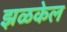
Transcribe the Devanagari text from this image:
झळकेल